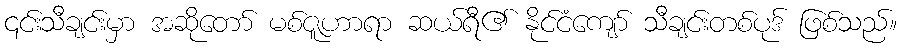
၎င်းသီချင်းမှာ အဆိုတော် မစ်ဇူဟာရာ ဆယ်ရီ၏ နိုင်ငံကျော် သီချင်းတစ်ပုဒ် ဖြစ်သည်။